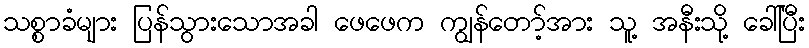
သစ္စာခံများ ပြန်သွားသောအခါ ဖေဖေက ကျွန်တော့်အား သူ့ အနီးသို့ ခေါ်ပြီး